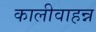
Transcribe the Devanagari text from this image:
कालीवाहन्न